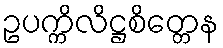
ဥပက္ကိလိဋ္ဌစိတ္တေန